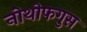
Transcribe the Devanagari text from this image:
नोथोफगुस